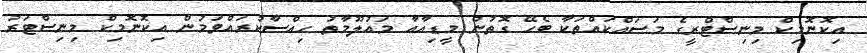
އިކޮނޮމިކް މިނިސްޓްރީގެ މަސައްކައްތަކާ ބެހޭ ގޮތުން މީޑިއާއާ މައުލޫމާތު ހިއްސާކުރައްވަމުން އިކޮނޮމިކް މިނިސްޓަރު